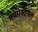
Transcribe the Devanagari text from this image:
गया।स्टेंगल